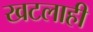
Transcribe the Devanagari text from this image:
खटलाही